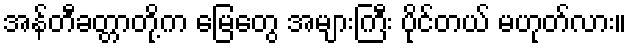
အန်တီခတ္တာတို့က မြေတွေ အများကြီး ပိုင်တယ် မဟုတ်လား။